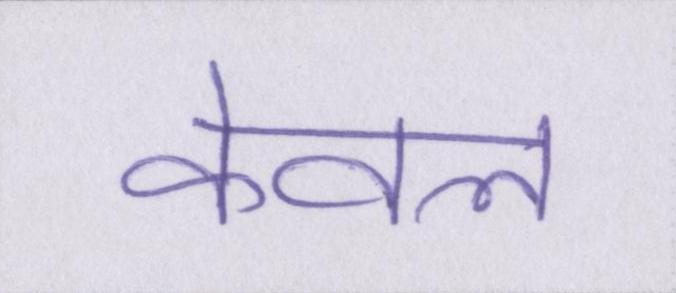
केवल